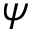
\psi